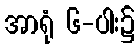
အာရုံ ၆-ပါး၌